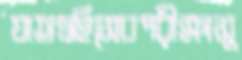
যাতওহিসেবপরীক্ষাসু